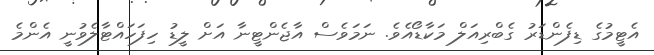
އެޓީމުގެ ޑިފެންޑަރު ގެބްރިއަލް މަކާޑޯއެވެ. ނަމަވެސް އާޖެންޓީނާ އަށް ލީޑު ހިފަހައްޓާލެވުނީ އެންމެ